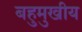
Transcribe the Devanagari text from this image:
बहुमुखीय